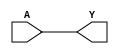
//  Describing the modules of the same cmos_cells.lib
//

// Adding relative relative delay times to AND, OR,
// NOT gates since NOR and NAND are expected to be faster

// NOT gate #2.4 ns
// AND gate #4.3 ns
// OR gate #4.6 ns
// FF gate #6 ns

// The following approach is related:
// NOR = abs(#NOT - #OR) = abs(2.4 - 4.6) = 2.2
// NAND = abs(#NOT - #AND) = abs(2.4 - 4.3) = 1.9

// BUF = buffer
// Is a single-input single-output gate,
// similar to NOT, that copies its input
// value to its output. In diagram
// gate has the following shape -[>-
module BUF(A, Y);
input A;
output Y;
assign Y = A;
endmodule

// Not gate or inversor
// Is a single-input single-output gate,
// opies its input value to its output with
// inversor. Shape -[>o-
module NOT(A, Y);
input A;
output Y;
assign #2.4 Y = ~A;
endmodule

// Not and = NAND
// NAND is the result of the negation
// of the AND operator. Where or means
// if two of the two inputs are HIGH
// output HIGH.
module NAND(A, B, Y);
input A, B;
output Y;
assign #1.9 Y = ~(A & B);
endmodule

// Not or = NOR
// NOR is the result of the negation
// of the OR operator. Where or means
// if one of the two inputs is HIGH
// output HIGH.
module NOR(A, B, Y);
input A, B;
output Y;
assign #2.2 Y = ~(A | B);
endmodule


// DFF =  D-type flip-flop = Data type flip-flop
// Flip Flop is a two-state (bi-stable) device, which serves as
// basic memory for sequential logic operations.
module DFF(C, D, Q);
input C, D;
output reg Q;
always @(posedge C)
	Q <= #6 D;
endmodule


// DFFSR =  D-type flip-flop set reset = Data type flip-flop set reset
// Flip Flop is a two-state (bi-stable) device, which serves as
// basic memory for sequential logic operations. Whit set reset
module DFFSR(C, D, Q, S, R);
input C, D, S, R;
output reg Q;
always @(posedge C, posedge S, posedge R)
	if (S)
		Q <= #6 1'b1;
	else if (R)
		Q <= #6 1'b0;
	else
		Q <= D;
endmodule